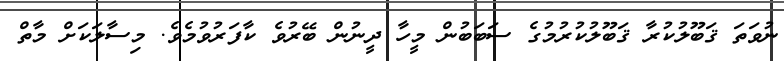
ނުވަތަ ޤަބޫލުކުރާ ޤަބޫލުކުރުމުގެ ސަބަބުން މީހާ ދީނުން ބޭރުވެ ކާފަރުވުމެވެ. މިސާލަކަށް މާތް